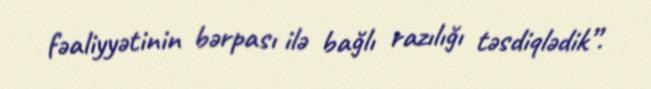
fəaliyyətinin bərpası ilə bağlı razılığı təsdiqlədik”.